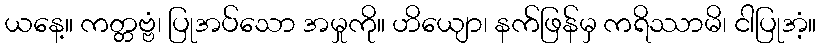
ယနေ့။ ကတ္တဗ္ဗံ၊ ပြုအပ်သော အမှုကို။ ဟိယျော၊ နက်ဖြန်မှ ကရိဿာမိ၊ ငါပြုအံ့။